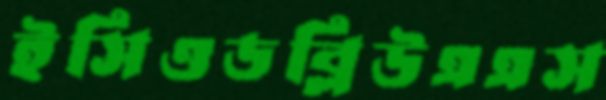
ইসিওডব্লিউএএস